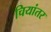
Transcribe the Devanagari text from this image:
चियांतर